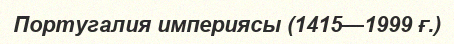
Португалия империясы (1415—1999 ғ.)